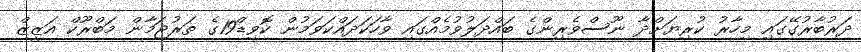
ދަރުބާރުގޭގައި މިހާރު ކުރިޔަށްދާ ނޫސްވެރިންގެ ބައްދަލުވުމެއްގައި ވާހަކަދައްކަވަމުން ކޮވިޑް19ގެ ތަރުޖަމާން މަބްރޫކް އަޒީޒް